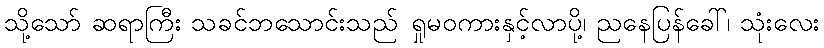
သို့သော် ဆရာကြီး သခင်ဘသောင်းသည် ရှုမဝကားနှင့်လာပို့၊ ညနေပြန်ခေါ်၊ သုံးလေး